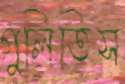
গুলিতিস